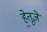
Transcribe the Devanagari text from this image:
हेतूजे